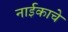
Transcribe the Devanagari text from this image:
नाईकाचे